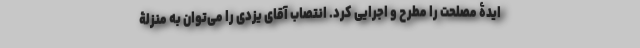
ایدۀ مصلحت را مطرح و اجرایی کرد. انتصاب آقای یزدی را می‌توان به منزلۀ